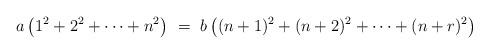
LaTeX: \begin{align*} a\left(1^2+2^2+\cdots+n^2\right)\ = \ b\left( (n+1)^2+(n+2)^2+\cdots+(n+r)^2\right)\end{align*}